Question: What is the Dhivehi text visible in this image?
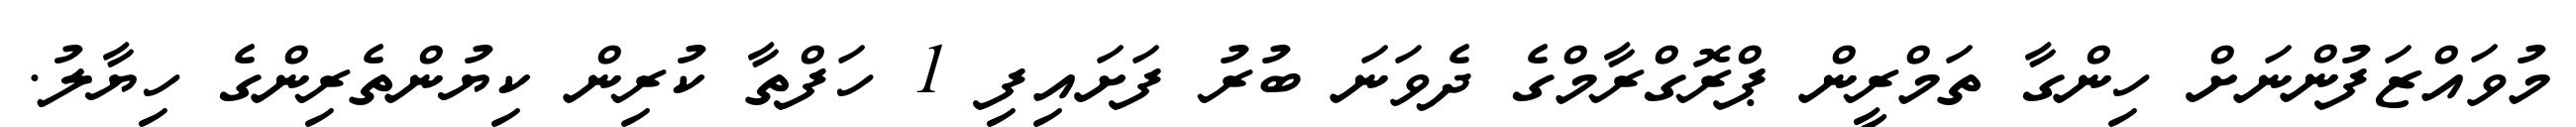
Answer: މުވައްޒަފުންނަށް ހިންގާ ތަމްރީން ޕްރޮގްރާމްގެ ދެވަނަ ބުރު ފަށައިފި 1 ހަފްތާ ކުރިން ކިޔުންތެރިންގެ ހިޔާލު.